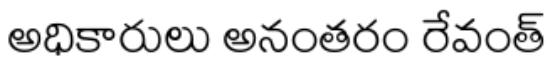
అధికారులు అనంతరం రేవంత్